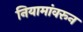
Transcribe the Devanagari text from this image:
नियामांवरून